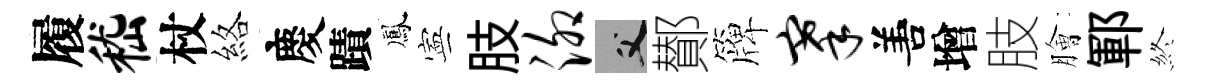
履嵇杖絡慶蹟鳳寕肢泖父鄼簰搴𠵊增肢膾鄆終